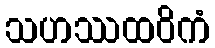
သဟဿထဝိကံ